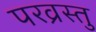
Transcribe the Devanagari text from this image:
परव्रस्तु